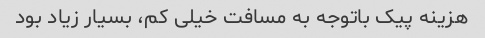
هزینه پیک باتوجه به مسافت خیلی کم، بسیار زیاد بود